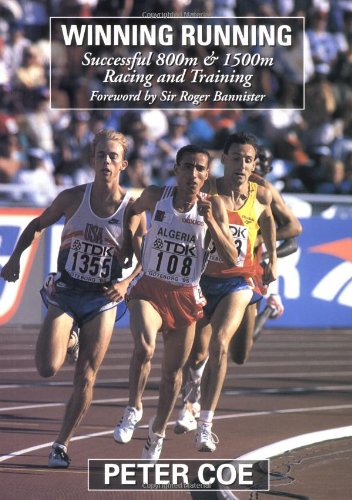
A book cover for Winning Running: Successful 800m & 1500m Racing and Training; Peter Coe; Sports & Outdoors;